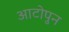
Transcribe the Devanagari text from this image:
आटोपुन